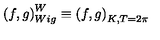
\left( f , g \right) _ { W i g } ^ { W } \equiv \left( f , g \right) _ { K , T = 2 \pi }